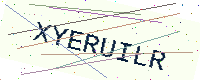
Text: XYERUILR